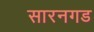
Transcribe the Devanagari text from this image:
सारनगड